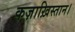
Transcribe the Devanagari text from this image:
कज़ाख़िस्तान।